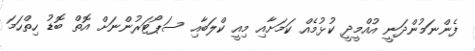
ފެންނަމުންދަނީ އުއްމީދީ ކުޅުމެއް ކަމަށާއި މިއީ ކްލަބާއި ސަޕޯޓަރުންނަށް އޮތް ބޮޑު ހިތްހަމަ